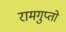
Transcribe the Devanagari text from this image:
रामगुप्तो